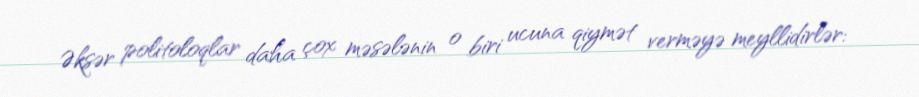
Əksər politoloqlar daha çox məsələnin o biri ucuna qiymət verməyə meyllidirlər: